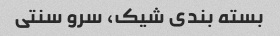
بسته بندی شیک، سرو سنتی